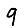
Digit: 9